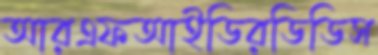
আরএফআইডিরডিডিস